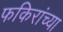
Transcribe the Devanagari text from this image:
फकिरांच्या